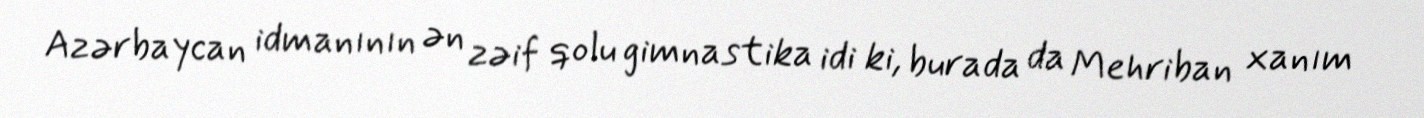
Azərbaycan idmanının ən zəif qolu gimnastika idi ki, burada da Mehriban xanım